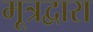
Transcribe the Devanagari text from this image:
मूत्रद्वारा